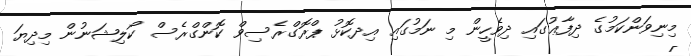
މިނިވަންކަމުގެ ދިފާޢުގައި ދިވެހީން މި ނަމުގައި އިދކޮޅު ޕްރޮގްރެސިވް ކޮންގްރެސް ކޯލިޝަނުން މިދިޔަ